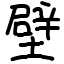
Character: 壁